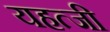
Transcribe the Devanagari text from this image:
यहत्जी